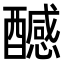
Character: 𨣝